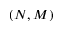
( N , M )